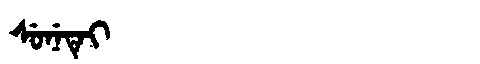
Manchu: ᠰᡠᠨᡝᡨᡝᡳ
Romanization: SUNETEI